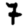
Digit: 7